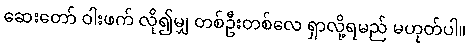
ဆေးတော် ဝါးဖက် လို၍မျှ တစ်ဦးတစ်လေ ရှာလို့ရမည် မဟုတ်ပါ။